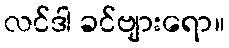
လင်ဒါ ခင်ဗျားရော။